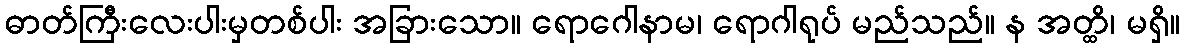
ဓာတ်ကြီးလေးပါးမှတစ်ပါး အခြားသော။ ရောဂေါနာမ၊ ရောဂါရုပ် မည်သည်။ န အတ္ထိ၊ မရှိ။